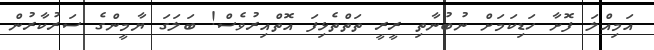
އަމިއްލަ ފޮށާ ހަޑިކަމަށް ނުބުނާތި ރީރީ ތަތްތެޅިފަ އޮތްއިރުވެސް! ބަލަގަ ޔާމީންގެ ސަރުކާރުން